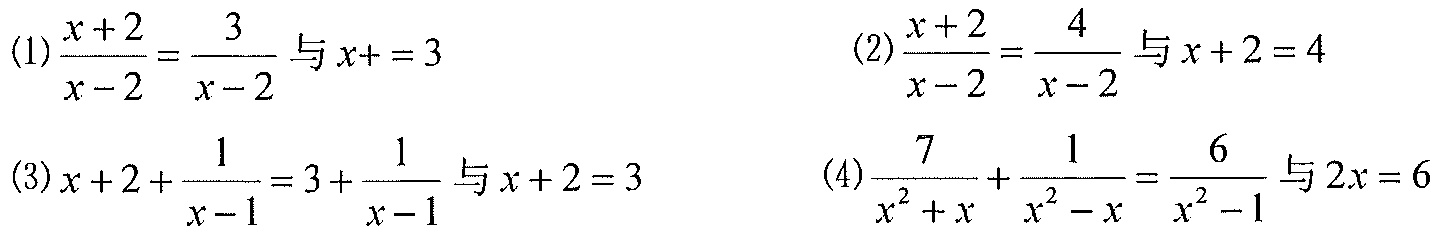
(1)$\frac{x + 2}{x - 2}=\frac{3}{x - 2}$与$x +  = 3$  \ \ \ \ \ (2)$\frac{x + 2}{x - 2}=\frac{4}{x - 2}$与$x + 2 = 4$
(3)$x + 2+\frac{1}{x - 1}=3+\frac{1}{x - 1}$与$x + 2 = 3$  \ \ \ \ \ (4)$\frac{7}{x^{2}+x}+\frac{1}{x^{2}-x}=\frac{6}{x^{2}-1}$与$2x = 6$